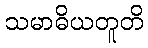
သမာဓိယတူတိ